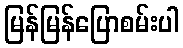
မြန်မြန်ပြောစမ်းပါ